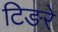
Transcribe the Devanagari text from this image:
टिङरे